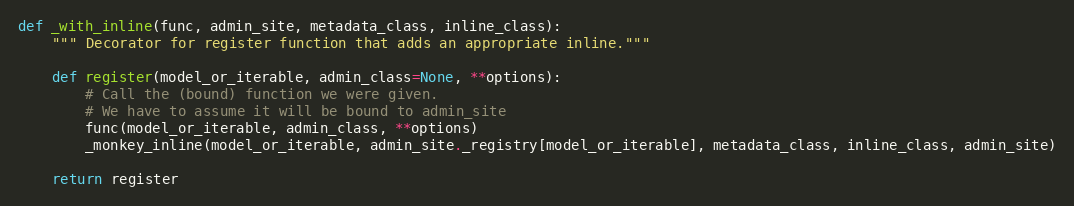
Language: Python
def _with_inline(func, admin_site, metadata_class, inline_class):
    """ Decorator for register function that adds an appropriate inline."""

    def register(model_or_iterable, admin_class=None, **options):
        # Call the (bound) function we were given.
        # We have to assume it will be bound to admin_site
        func(model_or_iterable, admin_class, **options)
        _monkey_inline(model_or_iterable, admin_site._registry[model_or_iterable], metadata_class, inline_class, admin_site)

    return register